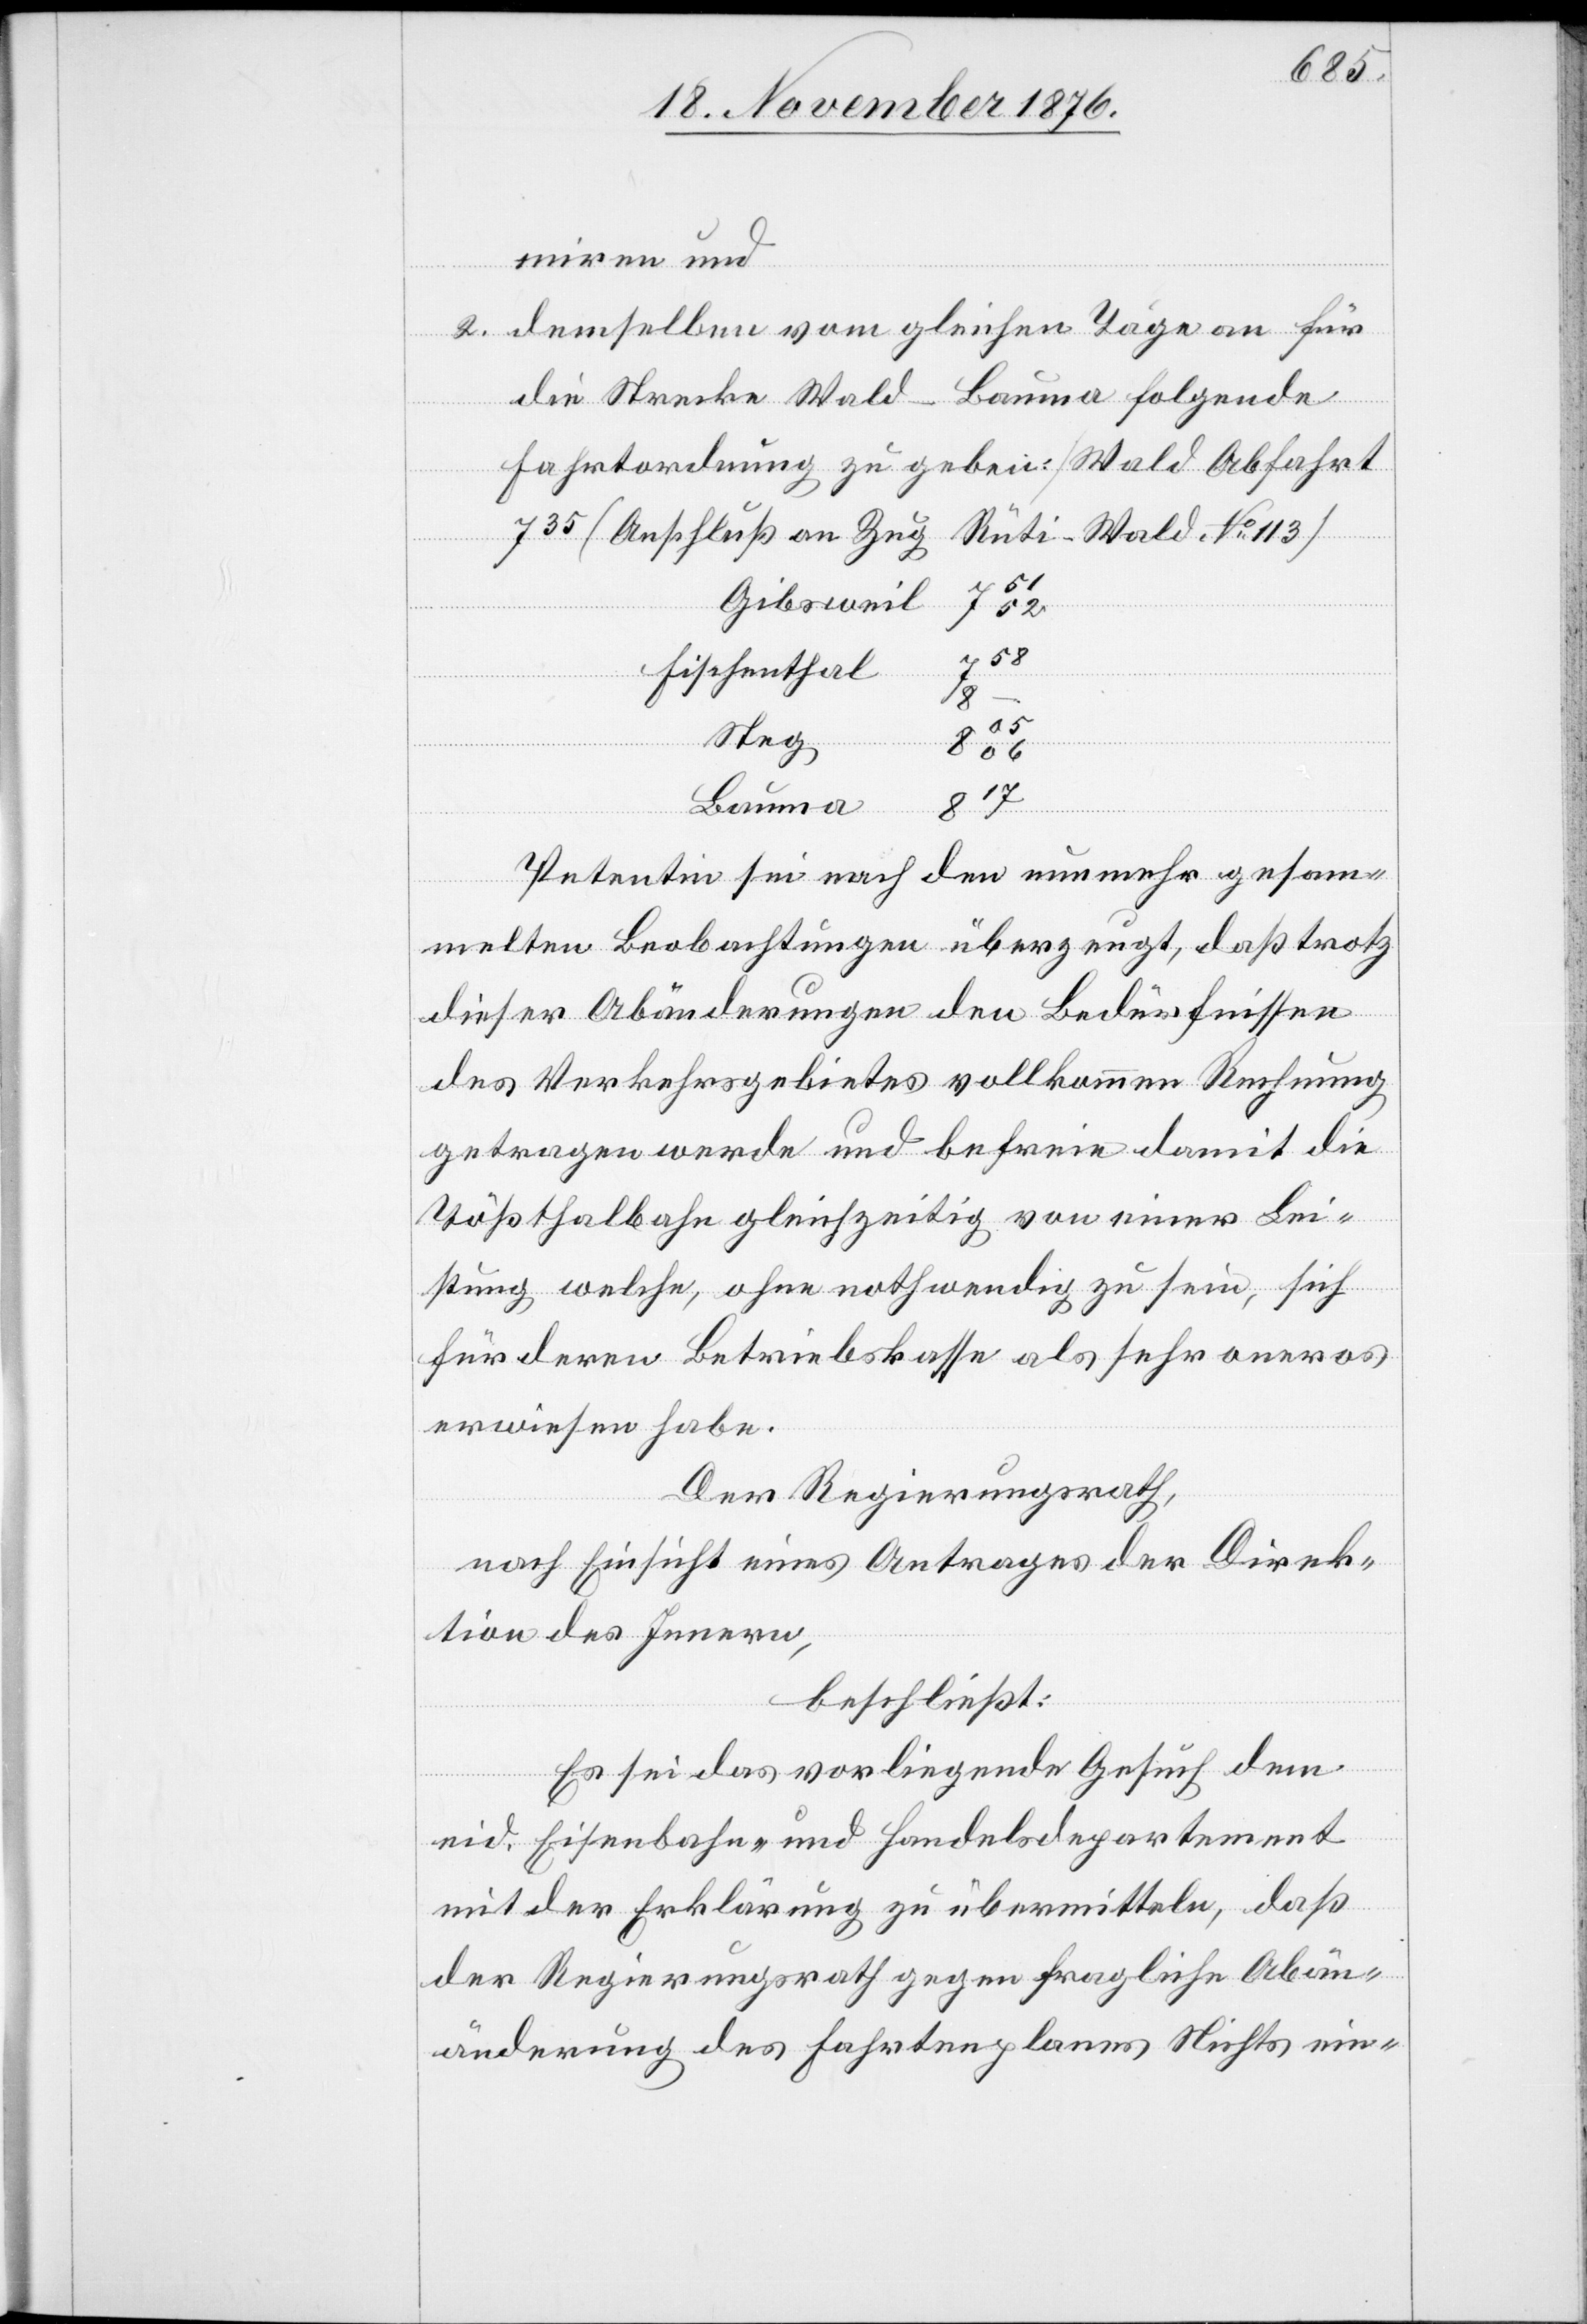
miren und
2. demselben vom gleichen Tage an für
die Strecke Wald–Bauma folgende
Fahrtordnung zu geben [Wald Abfahrt
735 (Anschluß an Zug
Rüti–Wald No 113)
Gibsweil
52
Fischenthal
8
05
06
Steg
Bauma
Petentin sei nach den nunmehr gesam¬
melten Beobachtungen überzeugt, daß trotz
dieser Abänderungen den Bedürfnissen
des Verkehrsgebietes vollkommen Rechnung
getragen werde und befreie damit die
Tößthalbahn gleichzeitig von einer Lei¬
stung welche, ohne nothwendig zu sein, sich
für deren Betriebskasse als sehr oneros
erwiesen habe.
Der Regierungsrath,
nach Einsicht eines Antrages der Direk¬
tion des Innern,
beschließt:
Es sei das vorliegende Gesuch dem
eid. Eisenbahn- und Handelsdepartement
mit der Erklärung zu übermitteln, daß
der Regierungsrath gegen fragliche Ab¬
änderung des Fahrtenplanes Nichts ein-